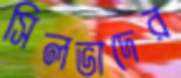
সিলভাদের